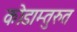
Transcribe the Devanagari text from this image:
कोडाम्तुरुत